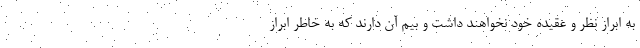
به ابراز نظر و عقيده خود نخواهند داشت و بيم آن دارند كه به خاطر ابراز